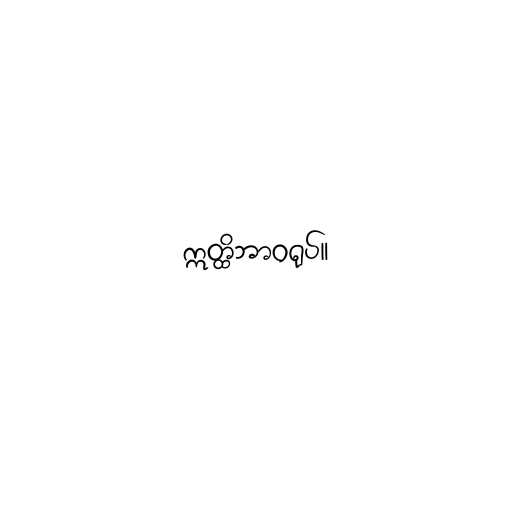
ဣတ္ထိဘာဝရုပ်။